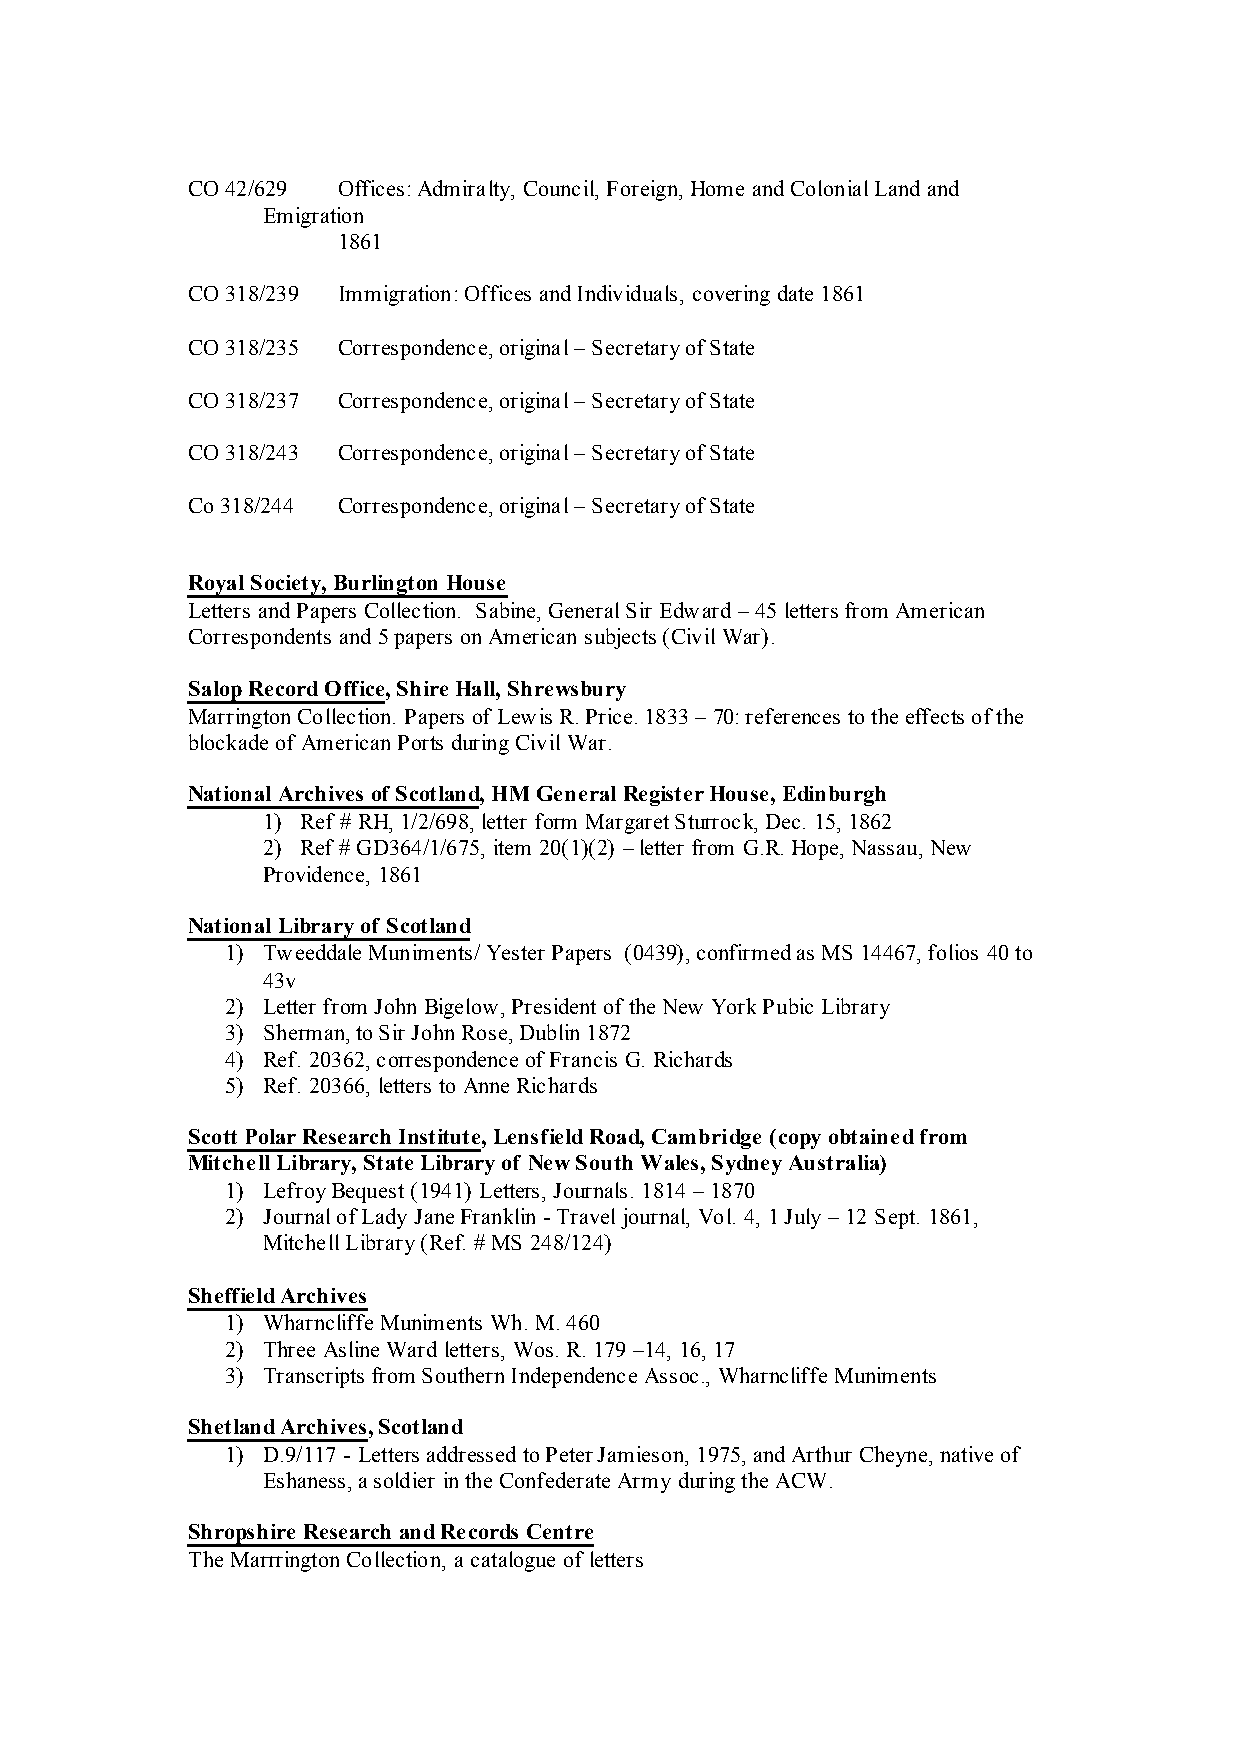
CO 42/629 Offices: Admiralty, Council, Foreign, Home and Colonial Land and
 Emigration
 1861
 CO 318/239 Immigration: Offices and Individuals, covering date 1861
 CO 318/235 Correspondence, original – Secretary of State
 CO 318/237 Correspondence, original – Secretary of State
 CO 318/243 Correspondence, original – Secretary of State
 Co 318/244 Correspondence, original – Secretary of State
 Royal Society, Burlington House
 Letters and Papers Collection. Sabine, General Sir Edward – 45 letters from American
 Correspondents and 5 papers on American subjects (Civil War).
 Salop Record Office, Shire Hall, Shrewsbury
 Marrington Collection. Papers of Lewis R. Price. 1833 – 70: references to the effects of the
 blockade of American Ports during Civil War.
 National Archives of Scotland, HM General Register House, Edinburgh
 1) Ref # RH, 1/2/698, letter form Margaret Sturrock, Dec. 15, 1862
 2) Ref # GD364/1/675, item 20(1)(2) – letter from G.R. Hope, Nassau, New
 Providence, 1861
 National Library of Scotland
 1) Tweeddale Muniments/ Yester Papers (0439), confirmed as MS 14467, folios 40 to
 43v
 2) Letter from John Bigelow, President of the New York Pubic Library
 3) Sherman, to Sir John Rose, Dublin 1872
 4) Ref. 20362, correspondence of Francis G. Richards
 5) Ref. 20366, letters to Anne Richards
 Scott Polar Research Institute, Lensfield Road, Cambridge (copy obtained from
 Mitchell Library, State Library of New South Wales, Sydney Australia)
 1) Lefroy Bequest (1941) Letters, Journals. 1814 – 1870
 2) Journal of Lady Jane Franklin - Travel journal, Vol. 4, 1 July – 12 Sept. 1861,
 Mitchell Library (Ref. # MS 248/124)
 Sheffield Archives
 1) Wharncliffe Muniments Wh. M. 460
 2) Three Asline Ward letters, Wos. R. 179 –14, 16, 17
 3) Transcripts from Southern Independence Assoc., Wharncliffe Muniments
 Shetland Archives, Scotland
 1) D.9/117 - Letters addressed to Peter Jamieson, 1975, and Arthur Cheyne, native of
 Eshaness, a soldier in the Confederate Army during the ACW.
 Shropshire Research and Records Centre
 The Marrrington Collection, a catalogue of letters